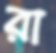
রা